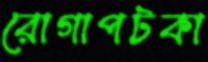
রোগাপটকা